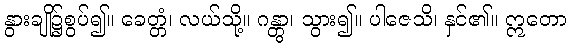
နွားချို၌စွပ်၍။ ခေတ္တံ၊ လယ်သို့။ ဂန္တွာ၊ သွား၍။ ပါဇေသိ၊ နှင်၏။ ဣတော